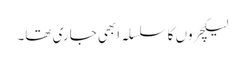
لیکچروں کا سلسلہ ابھی جاری تھا۔